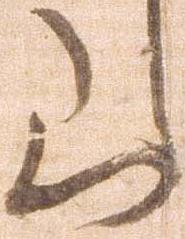
山